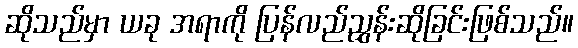
ဆိုသည်မှာ ယခု အရာကို ပြန်လည်ညွှန်းဆိုခြင်းဖြစ်သည်။